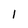
Character: 1